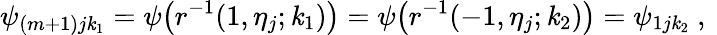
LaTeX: \psi_{(m+1)j\mathit{k}_{1}}=\psi\big(r^{-1}(1,\eta_{j};\mathit{k}_{1})\big)=\psi\big(r^{-1}(-1,\eta_{j};\mathit{k}_{2})\big)=\psi_{1j\mathit{k}_{2}}\mathrm{{~,~}}